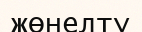
жөнелту